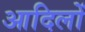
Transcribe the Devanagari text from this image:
आदिलों